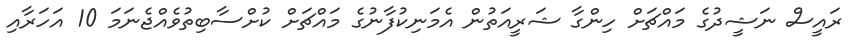
ރައީސް ނަޝީދުގެ މައްޗަށް ހިންގާ ޝަރީއަތުން އެމަނިކުފާނުގެ މައްޗަށް ކުށްސާބިތުވެއްޖެނަމަ 10 އަހަރާއި